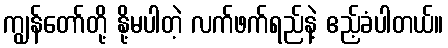
ကျွန်တော်တို့ နို့မပါတဲ့ လက်ဖက်ရည်နဲ့ ဧည့်ခံပါတယ်။